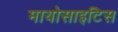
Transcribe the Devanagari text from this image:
मायोसाइटिस